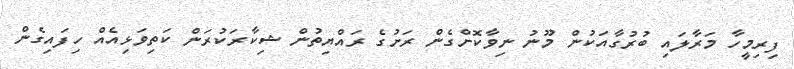
ފިރިމީހާ މަރާލައި ބުރުގާއަކުން މޫނު ނިވާކޮށްގެން ރަށުގެ ރައްޔިތުން ޝިކާރަކުރަން ކަތިވަޅިއެއް ހިފައިގެން